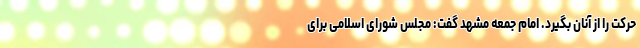
حرکت را از آنان بگیرد. امام جمعه مشهد گفت: مجلس شورای اسلامی برای